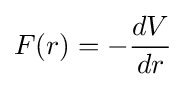
F(r)=-{\frac {dV}{dr}}